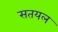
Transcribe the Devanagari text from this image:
सतयल